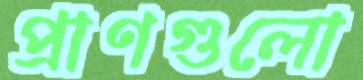
প্রাণগুলো